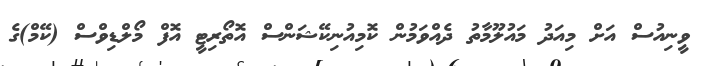
ވީނިއުސް އަށް މިއަދު މައުލޫމާތު ދެއްވަމުން ކޮމިއުނިކޭޝަންސް އޮތޯރިޓީ އޮފް މޯލްޑިވްސް (ކޭމް)ގެ